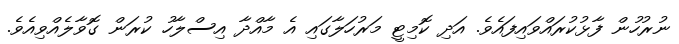
ނުރުހުން ފާޅުކުރައްވައިފައެވެ. އަދި ކޮމިޓީ މަރުހަލާގައި އެ މާއްދާ އިސްލާހު ކުރަން ގޮވާލެއްވިއެވެ.